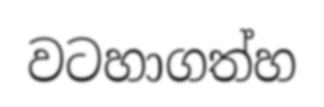
වටහාගත්හ